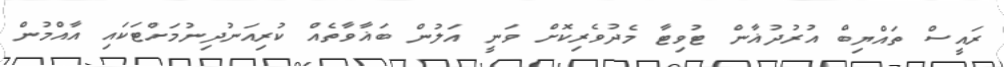
ރައީސް ތައްޔިބް އުރުދުޣާން ޓުވިޓާ މެދުވެރިކޮށް ވަނީ އަލުން ބަޣާވާތެއް ކުރިއަނުދިނުމަށްޓަކައި އާއްމުން